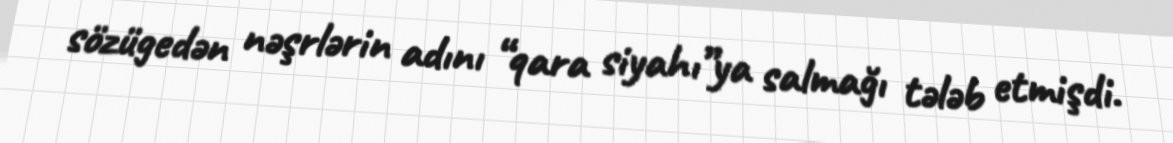
sözügedən nəşrlərin adını “qara siyahı”ya salmağı tələb etmişdi.